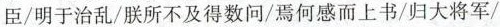
臣/明于治乱/朕所不及得数问/焉何感而上书/归大将军/